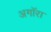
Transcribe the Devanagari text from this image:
अगॉरा